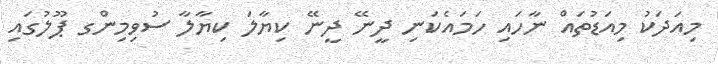
މިއަދަކު މިއަޑުތައް ނާހައި ހަމައެކަނި ދީނޭ ދީނޭ ކިޔާލަ ކިޔާލާ ސުވިމިންގ ޕޫލުގައި